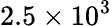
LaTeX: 2.5\times 10^{3}